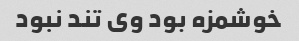
خوشمزه بود وی تند نبود